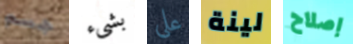
جسم بشىء على لينة إصلاح